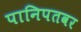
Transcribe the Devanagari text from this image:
पानिपतवर